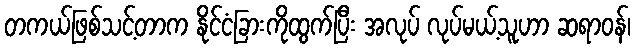
တကယ်ဖြစ်သင့်တာက နိုင်ငံခြားကိုထွက်ပြီး အလုပ် လုပ်မယ့်သူဟာ ဆရာဝန်၊